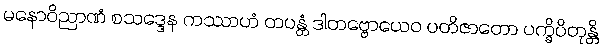
မနောဝိညာဏံ စသဒ္ဒေန ကဿာဟံ တပန္တံ ဒါတဗ္ဗောယေဝ ပတိဇာတော ပက္ခိပိတုန္တိ